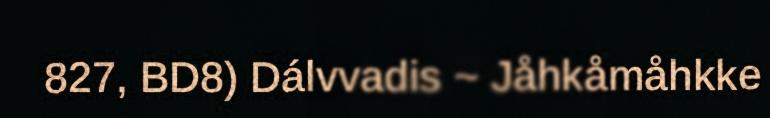
827, BD8) Dálvvadis ~ Jåhkåmåhkke